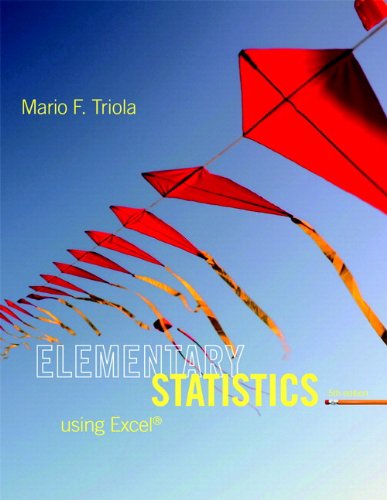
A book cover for Elementary Statistics Using Excel Plus NEW MyStatLab with Pearson eText -- Access Card Package (5th Edition); Mario F. Triola; Computers & Technology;